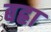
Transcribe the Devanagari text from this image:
बह्रा